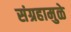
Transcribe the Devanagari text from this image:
संग्रहामुळे